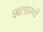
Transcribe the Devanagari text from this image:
शलाम्चे